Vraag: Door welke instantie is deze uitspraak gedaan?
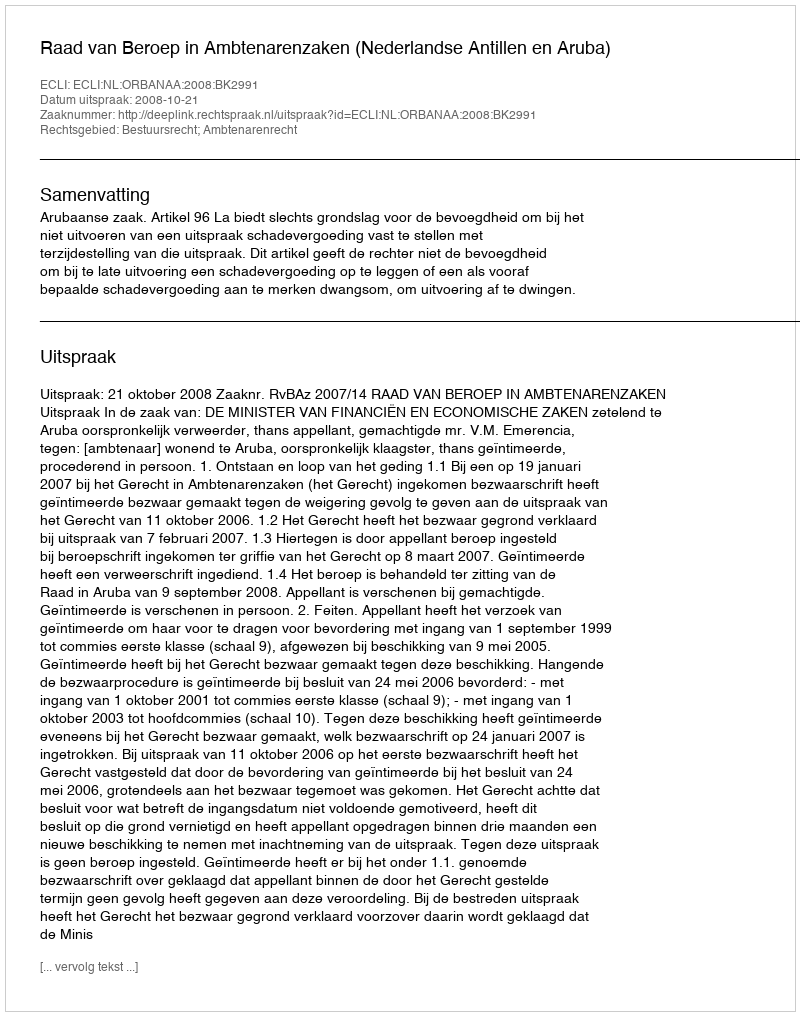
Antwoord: Raad van Beroep in Ambtenarenzaken (Nederlandse Antillen en Aruba)